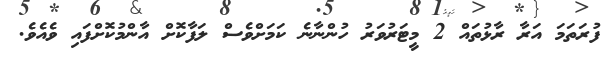
ފުރަތަމަ އަރާ ރާޅުތައް 2 މީޓަރުވަރު ހުންނާނެ ކަމަށްވެސް ލަފާކޮށް އާންމުކޮށްފައި ވެއެވެ.